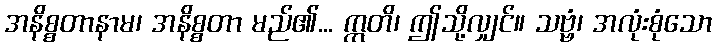
အနိစ္စတာနာမ၊ အနိစ္စတာ မည်၏... ဣတိ၊ ဤသို့လျှင်။ သဗ္ဗံ၊ အလုံးစုံသော